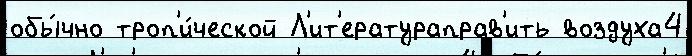
обы́чно троп'и́ческой Л'ит'ератураправ'ить воздуха4